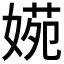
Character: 𡟃